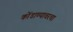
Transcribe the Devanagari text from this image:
कोंडाण्यावरचा